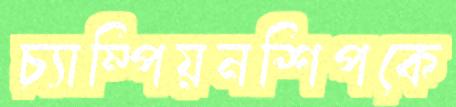
চ্যাম্পিয়নশিপকে